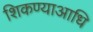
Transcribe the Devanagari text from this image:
शिकण्याआधि